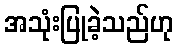
အသုံးပြုခဲ့သည်ဟု